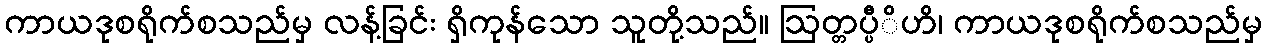
ကာယဒုစရိုက်စသည်မှ လန့်ခြင်း ရှိကုန်သော သူတို့သည်။ ဩတ္တပ္ပီိဟိ၊ ကာယဒုစရိုက်စသည်မှ